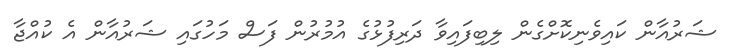
ޝަރުއާން ކައިވެނިކޮށްގެން ލިބިފައިވާ ދަރިފުޅުގެ އުމުރުން ފަސް މަހުގައި ޝަރުއާން އެ ކުއްޖާ